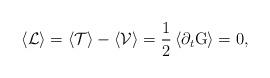
LaTeX: \begin{align*}\left\langle \mathcal{L}\right\rangle =\left\langle \mathcal{T}\right\rangle-\left\langle \mathcal{V}\right\rangle =\frac{1}{2}\left\langle \partial_{t}\mathrm{G}\right\rangle =0, \end{align*}